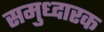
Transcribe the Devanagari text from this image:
समुध्दारक